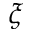
\xi